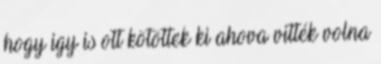
hogy igy is ott kötöttek ki ahova vitték volna